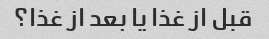
قبل از غذا یا بعد از غذا؟